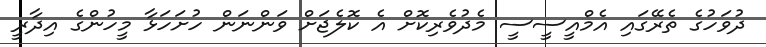
ދުވަހުގެ ތެރޭގައި އެމްއީސީސީ މެދުވެރިކޮށް އެ ކޮލެޖަށް ވަންނަން ހުށަހަޅާ މީހުންގެ އިދާރީ